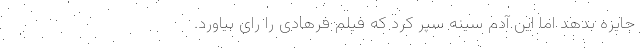
جایزه بدهد اما این آدم سینه سپر کرد که فیلم فرهادی را رای بیاورد.